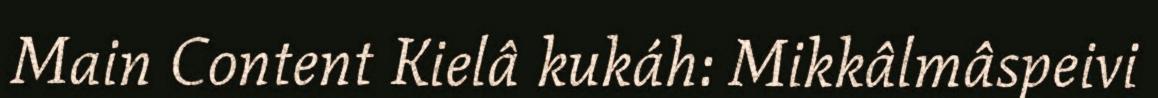
Main Content Kielâ kukáh: Mikkâlmâspeivi